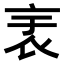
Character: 𧘘